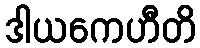
ဒါယကေဟီတိ